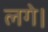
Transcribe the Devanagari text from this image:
लगे।